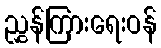
ညွှန်ကြားရေးဝန်